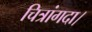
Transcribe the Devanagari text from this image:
चित्रांगदा।